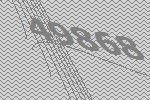
49868